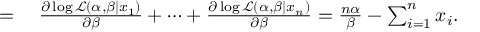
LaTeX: \begin{array} { r l } { = { } } & { { } { \frac { \partial \log { \mathcal { L } } ( \alpha , \beta \mid x _ { 1 } ) } { \partial \beta } } + \cdots + { \frac { \partial \log { \mathcal { L } } ( \alpha , \beta \mid x _ { n } ) } { \partial \beta } } = { \frac { n \alpha } { \beta } } - \sum _ { i = 1 } ^ { n } x _ { i } . } \end{array}